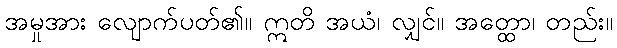
အမှုအား လျောက်ပတ်၏။ ဣတိ အယံ၊ လျှင်။ အတ္ထော၊ တည်း။